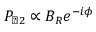
P _ { \perp 2 } \propto B _ { R } e ^ { - i \phi }